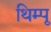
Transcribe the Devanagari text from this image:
थिम्पू